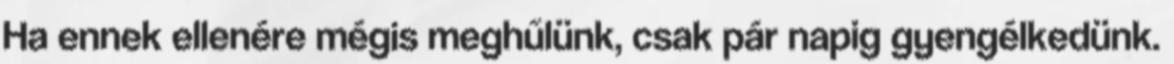
Ha ennek ellenére mégis meghűlünk, csak pár napig gyengélkedünk.